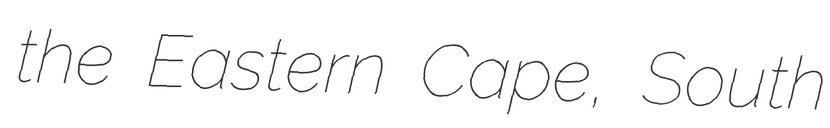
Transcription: the Eastern Cape, South